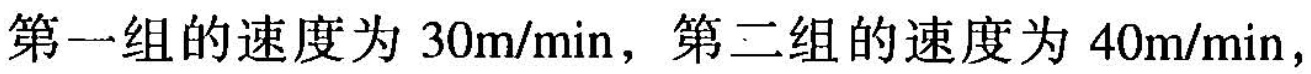
第一组的速度为30m/min，第二组的速度为40m/min，